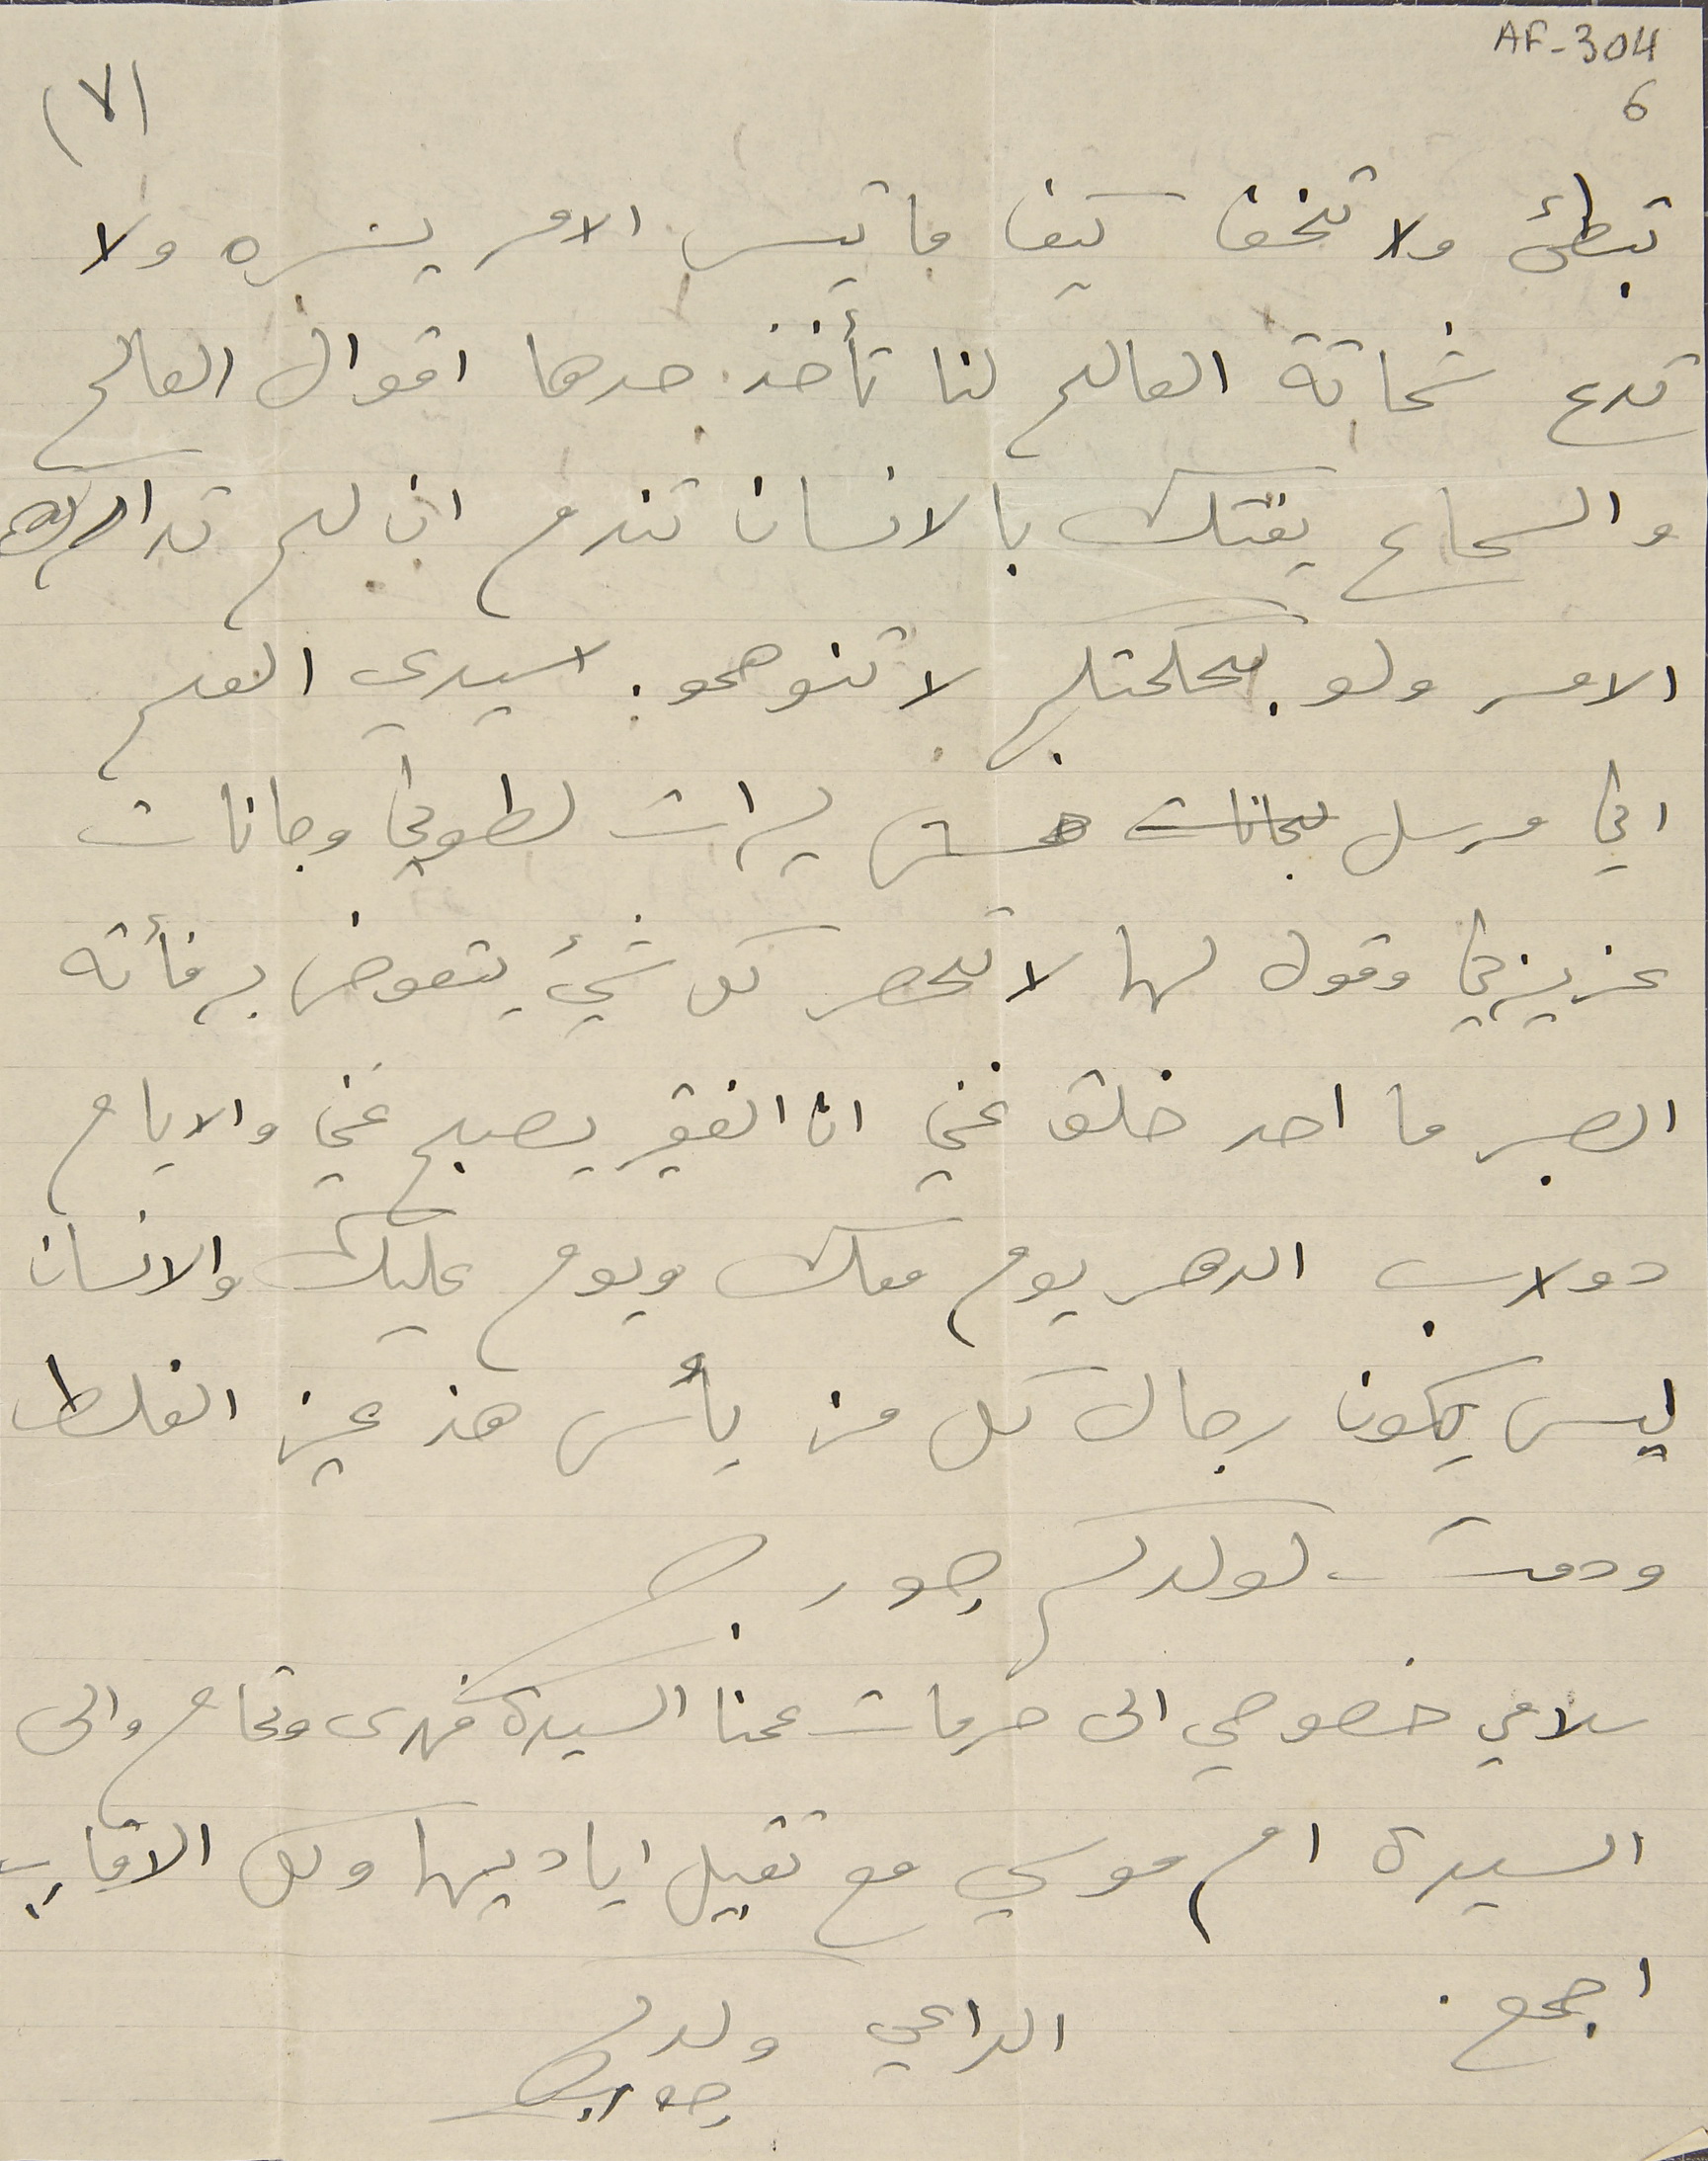
AF-304 6
(٧)
تبطىء ولا تخف كيف ما تيسر الامر يسره ولا
تدع شحاتة العالم لنا تأخذ حدها اقوال العالم
والسماع يفتك بالانسان تندم ان لم تدارك
الامر ولو بحكمتكم لا تنوهمو. سَيدي العم
اني مرسل خمس ليرات لطوني وجانات
عزيزتي وقول لها لا تحصر كل شيء يتعوض برفأته
الصبر ما احد خلق غني ان الفقير يصبح غني والايام
دولاب الدهر يوم معك ويوم عليك والانسان
ليس يكون رجال كل من يأس هذ عين الغلط
ودمت لولدكم جورج
سلامي خصوصي الى حرمات عمنا السيدة فهدى وتمام والى
السيدة ام موسي مع تقبيل اياديها وكل الاقارب
اجمع. الداعي ولدكم جورج